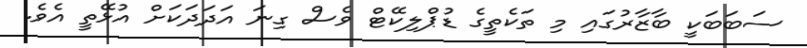
ސަބަބަކީ ބާޒާރުގައި މި ތަކެތީގެ ޑުޕްލިކޭޓް ވެސް ގިނަ އަދަދަކަށް އުޅޭތީ އެވެ.